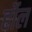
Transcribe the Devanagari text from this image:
र्होल